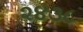
૨૪૩૮